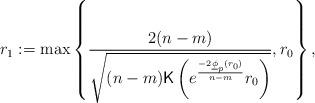
LaTeX: \begin{align*}r_1:=\max\left\{\frac{2(n-m)}{\sqrt{(n-m){\sf K}\left(e^{\frac{-2\underline{\phi}_p(r_0)}{n-m}}r_0 \right)}},r_0\right\},\end{align*}